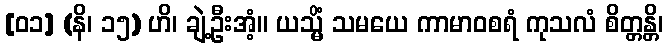
[၀၁] (နိ၊ ၁၅) ဟိ၊ ချဲ့ဦးအံ့။ ယသ္မိံ သမယေ ကာမာဝစရံ ကုသလံ စိတ္တန္တိ၊